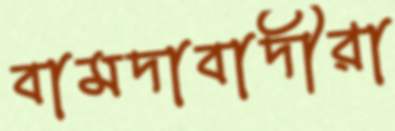
বামদাবাদীরা